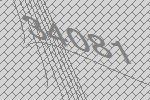
34081